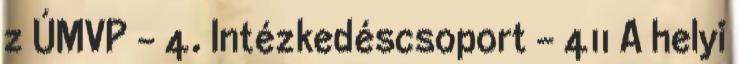
z ÚMVP - 4. Intézkedéscsoport - 411 A helyi